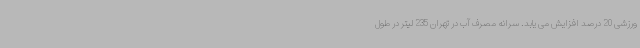
ورزشی 20 درصد افزایش می یابد. سرانه مصرف آب در تهران 235 لیتر در طول